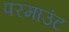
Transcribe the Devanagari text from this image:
परमाउंट